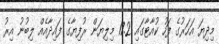
މިދިޔަ އަހަރުގެ ފަހު ކުއާޓާގައި 17.2 މިލިޔަން ރުފިޔާގެ ފައިދާއެއް ލިބުނު އިރު